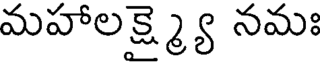
మహాలక్ష్మ్యై నమః